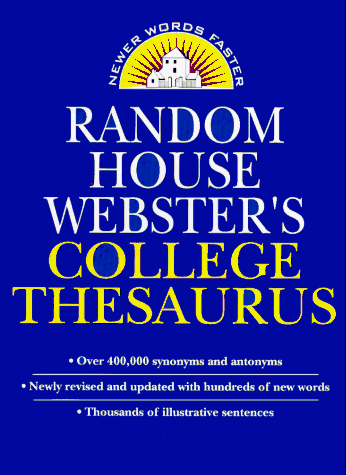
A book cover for Random House Webster's College Thesaurus; Random House; Reference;